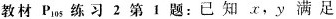
教材P_{105}练习2第1题：已知x，y满足